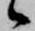
候